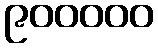
၉၀၀၀၀၀